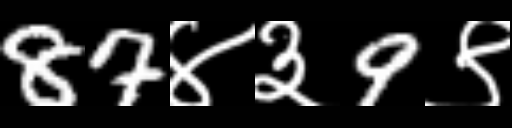
Text: 87४३9९